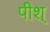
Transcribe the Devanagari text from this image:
पीश्